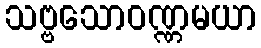
သဗ္ဗသောဝဏ္ဏမယာ